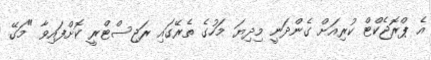
އެ ޕްރޮޖެކްޓް ކުރިއަށް ގެންދަނީ މިިދިޔަ މަހުގެ ތެރޭގައި ރަޖިސްޓްރީ ކޮށްފައިވާ "މަގޭ